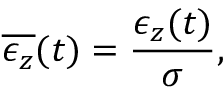
\overline { { \epsilon _ { z } } } ( t ) = \frac { \epsilon _ { z } ( t ) } { \sigma } ,